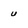
Character: u